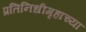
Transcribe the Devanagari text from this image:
प्रतिनिधीगृहाच्या